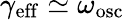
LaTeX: \gamma_{\mathrm{eff}}\simeq\omega_{\mathrm{osc}}